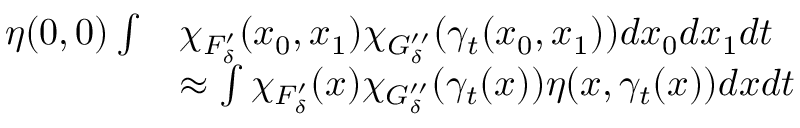
\begin{array} { r l } { \eta ( 0 , 0 ) \int } & { \chi _ { F _ { \delta } ^ { \prime } } ( x _ { 0 } , x _ { 1 } ) \chi _ { G _ { \delta } ^ { \prime \prime } } ( \gamma _ { t } ( x _ { 0 } , x _ { 1 } ) ) d x _ { 0 } d x _ { 1 } d t } \\ & { \approx \int \chi _ { F _ { \delta } ^ { \prime } } ( x ) \chi _ { G _ { \delta } ^ { \prime \prime } } ( \gamma _ { t } ( x ) ) \eta ( x , \gamma _ { t } ( x ) ) d x d t } \end{array}